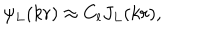
\psi _ { L } ( k r ) \approx C _ { l } J _ { L } ( k r ) ,